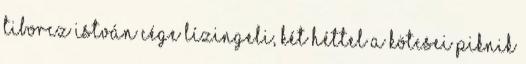
Tiborcz István cége lízingeli, két héttel a kötcsei piknik